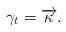
LaTeX: \begin{align*}\gamma_{t}=\overrightarrow{\kappa}.\end{align*}